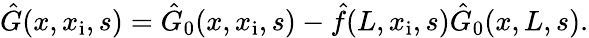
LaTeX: \begin{array}{r}{\hat{G}(x,x_{\mathrm{i}},s)=\hat{G}_{0}(x,x_{\mathrm{i}},s)-\hat{f}(L,x_{\mathrm{i}},s)\hat{G}_{0}(x,L,s).}\end{array}